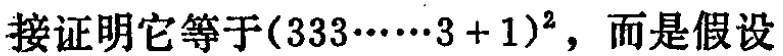
接证明它等于\((333\cdots\cdots3 + 1)^{2}\)，而是假设